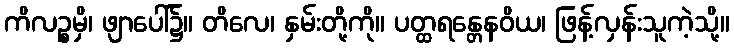
ကိလဉ္စမှိ၊ ဖျာပေါ်၌။ တိလေ၊ နှမ်းတို့ကို။ ပတ္ထရန္တေနဝိယ၊ ဖြန့်လှန်းသူကဲ့သို့။